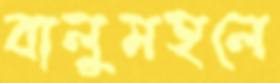
বালুমহলে